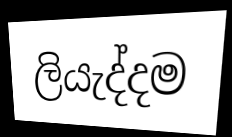
ලියැද්දම